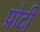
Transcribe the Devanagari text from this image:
प्रोटी